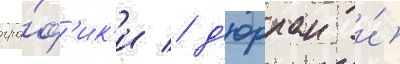
гра́ф'ик'и / д'юрран и́